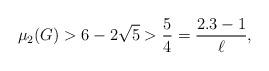
LaTeX: \begin{align*} \mu_2(G) > 6 - 2 \sqrt{5} > \frac{5}{4} = \frac{2.3 - 1}{\ell},\end{align*}